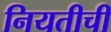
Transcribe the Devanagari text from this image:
नियतीची